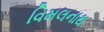
વિમલનાથ